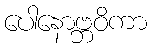
ပေါနောဗ္ဘဝိကာ